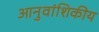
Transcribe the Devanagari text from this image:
आनुवांशिकीय